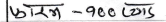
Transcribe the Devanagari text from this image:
फारम - १००० लोड